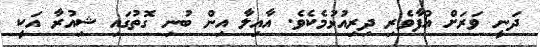
ދަނީ ވަރަށް އުފާވެރި ދިރިއުޅުމެކެވެ. އާއިލާ އިން ބުނި ގޮތުގައި ޝިއުރާ އަކީ